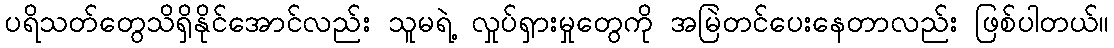
ပရိသတ်တွေသိရှိနိုင်အောင်လည်း သူမရဲ့ လှုပ်ရှားမှုတွေကို အမြဲတင်ပေးနေတာလည်း ဖြစ်ပါတယ်။